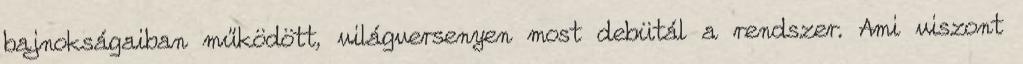
bajnokságaiban működött, világversenyen most debütál a rendszer. Ami viszont